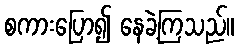
စကားပြော၍ နေခဲ့ကြသည်။